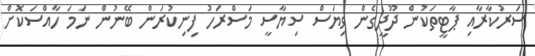
ސަރުކާރާއި ޕާޓީތަކުން ދޫދީގެން ވިޔަސް ސިޔާސީ މަސްރަހު ފިނިކުރަން ބޭނުން ނަމަ ހާއްސަކޮށް